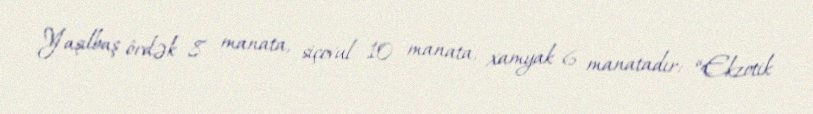
Yaşılbaş ördək 8 manata, siçovul 10 manata, xamyak 6 manatadır: “Ekzotik